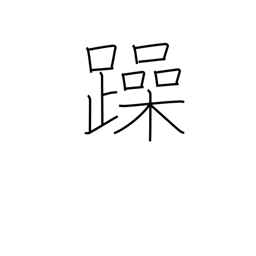
Meaning: noisy